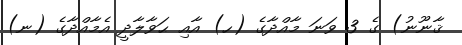
ޤާނޫނު) ގެ 3 ވަނަ މާއްދާގެ (ހ) އާއި ޙަވާލާދީ އެމާއްދާގެ (ނ)